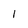
Character: 1